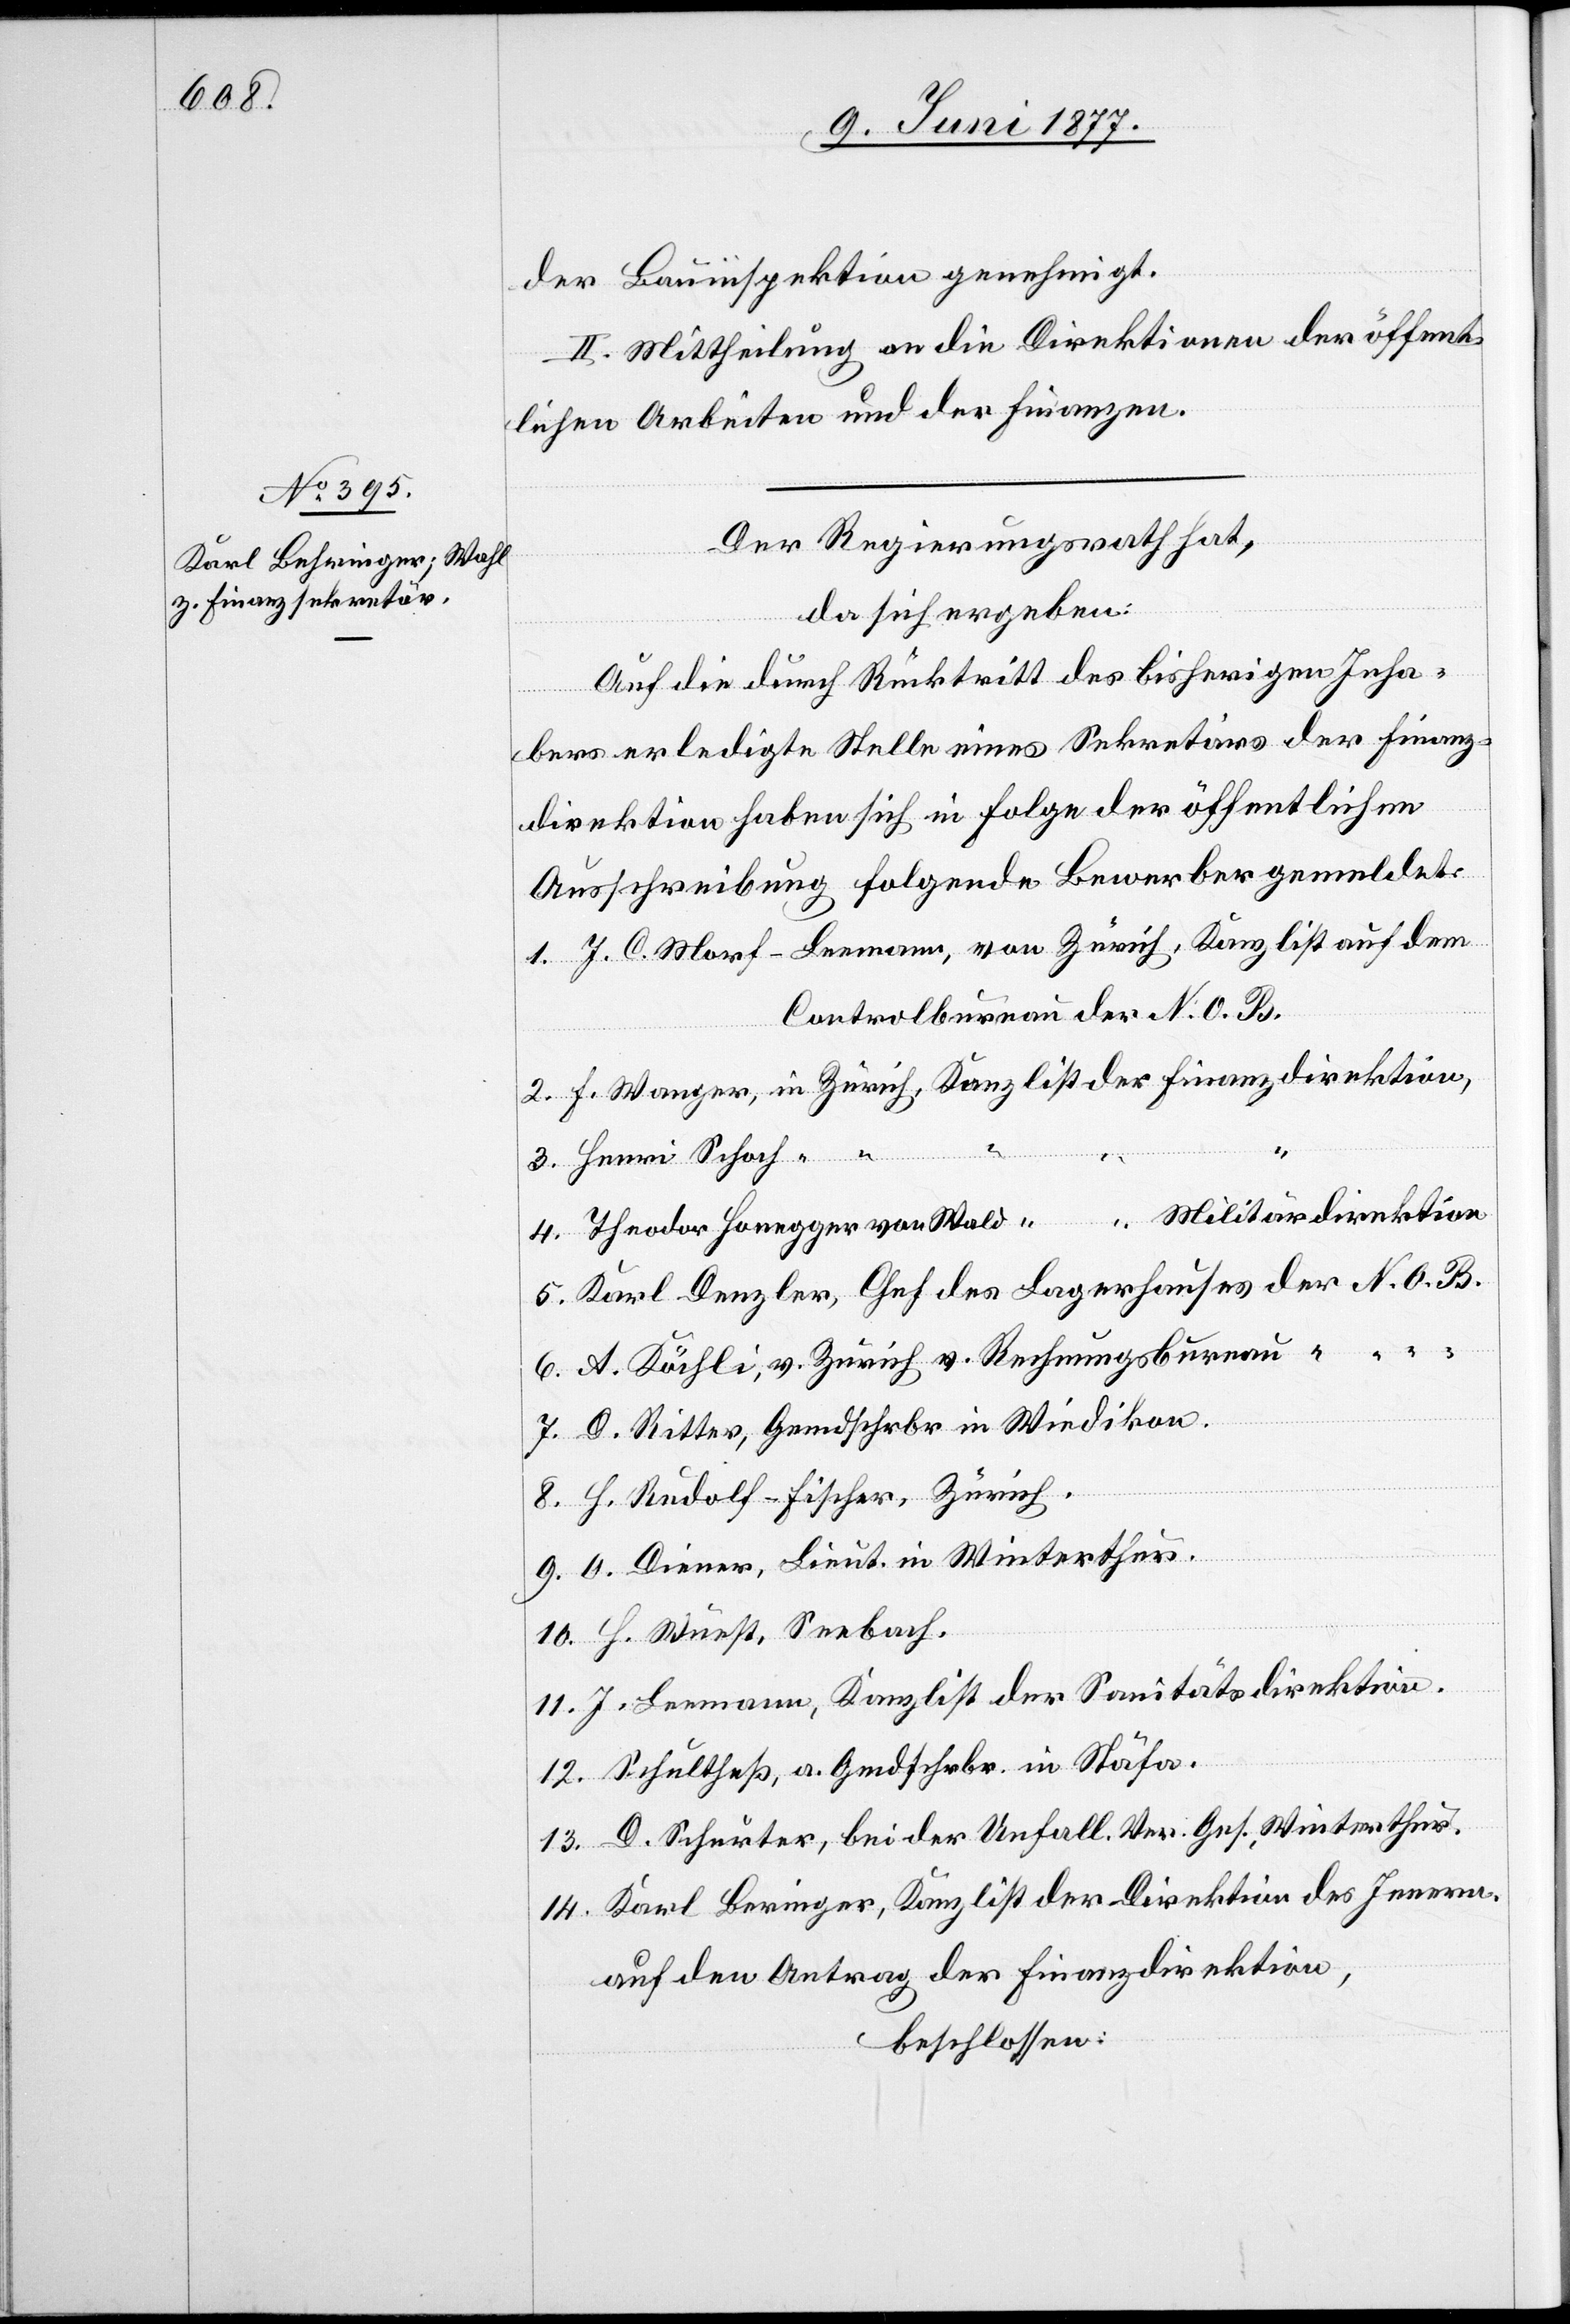
der Bauinspektion genehmigt.
II. Mittheilung an die Direktionen der öffent¬
lichen Arbeiten und der Finanzen.
Der Regierungsrath hat,
da sich ergeben:
Auf die durch Rücktritt des bisherigen Inha¬
[Kanzlist de¬
bers erledigte Stelle eines Sekretärs der Finanz¬
direktion haben sich in Folge der öffentlichen
Ausschreibung folgende Bewerber gemeldet:
1. J. C. Morf-Leemann, von Zürich, Kanzlist auf dem
Controlbureau der N. O. B.
2. F. Wanger, in Zürich, Kanzlist der Finanzdirektion.
3. Henri Schoch “
r] Militärdirektion
4. Theodor Honegger von Wald
5. Karl Denzler, Chef des Lagerhauses der N. O. B.
6. A. Köchli, v. Zürich v. Rechnungsbureau “
7. D. Ritter, Gemdschrbr in Wiedikon.
8. H. Rudolf-Fischer, Zürich.
9. O. Diener, Lieut. in Winterthur.
10. H. Wüest, Seebach.
11. J. Leemann, Kanzlist der Sanitätsdirektion.
12. Schultheß, a. Gemdschrbr. in Stäfa.
13. D. Schurter, bei der Unfall. Ver. Ges. Winterthur.
14. Karl Beringer, Kanzlist der Direktion des Innern.
auf den Antrag der Finanzdirektion,
beschlossen: